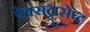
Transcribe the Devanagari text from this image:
ऐक्सट्रासेप्ट